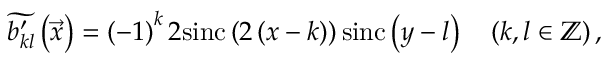
\widetilde { b _ { k l } ^ { \prime } } \left( \vec { x } \right) = \left( - 1 \right) ^ { k } 2 \mathrm { s i n c } \left( 2 \left( x - k \right) \right) \mathrm { s i n c } \left( y - l \right) \ \ \ \left( k , l \in \mathbb { Z } \right) ,